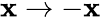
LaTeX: \mathbf{x}\rightarrow-\mathbf{x}